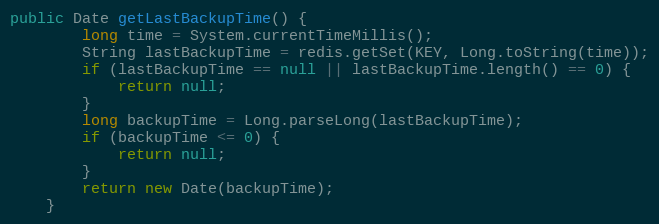
Language: Java
public Date getLastBackupTime() {
		long time = System.currentTimeMillis();
		String lastBackupTime = redis.getSet(KEY, Long.toString(time));
		if (lastBackupTime == null || lastBackupTime.length() == 0) {
			return null;
		}
		long backupTime = Long.parseLong(lastBackupTime);
		if (backupTime <= 0) {
			return null;
		}
		return new Date(backupTime);
	}